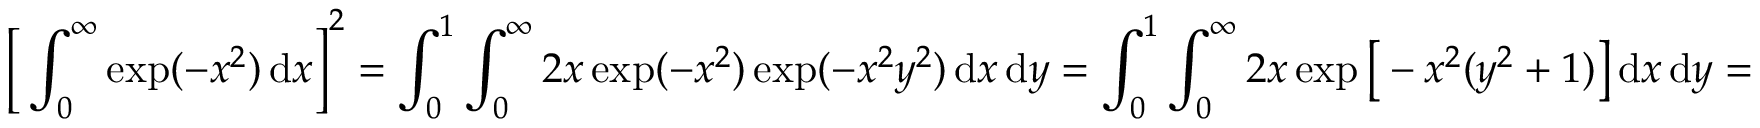
{ \biggl [ } \int _ { 0 } ^ { \infty } \exp ( - x ^ { 2 } ) \, \mathrm { d } x { \biggr ] } ^ { 2 } = \int _ { 0 } ^ { 1 } \int _ { 0 } ^ { \infty } 2 x \exp ( - x ^ { 2 } ) \exp ( - x ^ { 2 } y ^ { 2 } ) \, \mathrm { d } x \, \mathrm { d } y = \int _ { 0 } ^ { 1 } \int _ { 0 } ^ { \infty } 2 x \exp { \bigl [ } - x ^ { 2 } ( y ^ { 2 } + 1 ) { \bigr ] } \, \mathrm { d } x \, \mathrm { d } y =